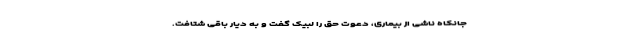
جانکاه ناشی از بیماری، دعوت حق را لبیک گفت و به دیار باقی شتافت.